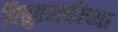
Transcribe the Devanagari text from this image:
विद्युतशक्तीच्या